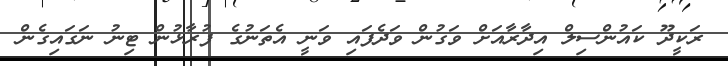
ރަކީދޫ ކައުންސިލް އިދާރާއަށް ވަގުން ވަދެފައި ވަނީ އެތަނުގެ ފުރާޅުން ޓިނު ނަގައިގެން